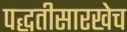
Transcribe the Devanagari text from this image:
पद्धतीसारखेच